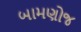
બામણોજ